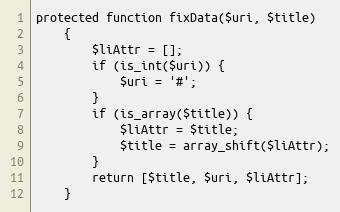
Language: PHP
protected function fixData($uri, $title)
    {
        $liAttr = [];
        if (is_int($uri)) {
            $uri = '#';
        }
        if (is_array($title)) {
            $liAttr = $title;
            $title = array_shift($liAttr);
        }
        return [$title, $uri, $liAttr];
    }